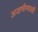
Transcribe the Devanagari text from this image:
अजामीनपात्रही